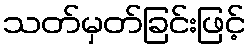
သတ်မှတ်ခြင်းဖြင့်